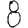
Digit: 8